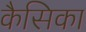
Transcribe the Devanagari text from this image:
कैसिका